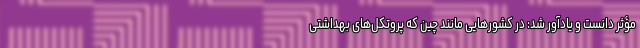
مؤثر دانست و یادآور شد: در کشورهایی مانند چین که پروتکل‌های بهداشتی